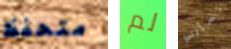
متحفظ لم تسألني